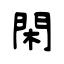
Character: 閑